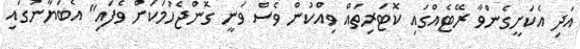
އަދި އެކަށީގެންވާ ރޭޓެއްގައި ކޮޓަރިތައް ވިއްކުން ވެސް ވަނީ ގޮންޖެހުމަކަށް ވެފައި" އެބަޔާނުގައި